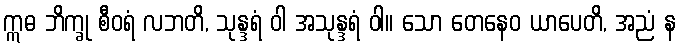
ဣဓ ဘိက္ခု စီဝရံ လဘတိ, သုန္ဒရံ ဝါ အသုန္ဒရံ ဝါ။ သော တေနေဝ ယာပေတိ, အညံ န